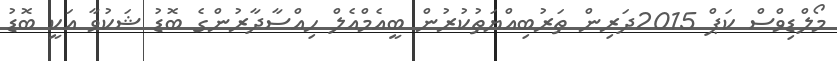
މޯލްޑިވްސް ކަޕް 2015ދަރިން ތަރުބިއްޔަތުކުރުން ބީއެމްއެލް ހިއްސާދާރުންގެ ބޮޑު ޝަކުވާ އަކީ ބޮޑު